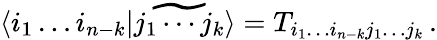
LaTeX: \langle i_{1}\dots i_{n-k}|\widetilde{j_{1}\cdots j_{k}}\rangle=T_{i_{1}\dots i_{n-k}j_{1}\dots j_{k}}\, .